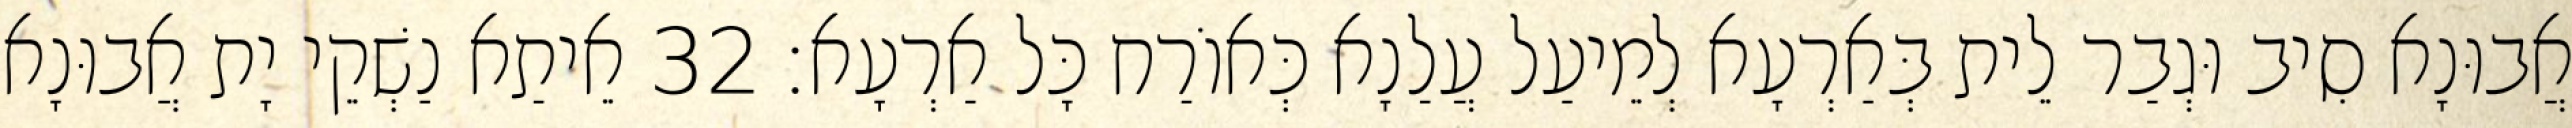
אֲבוּנָא סִיב וּגְבַר לֵית בְּאַרְעָא לְמֵיעַל עֲלַנָא כְּאוֹרַח כָּל אַרְעָא׃ 32 אֵיתַא נַשְׁקֵי יָת אֲבוּנָא